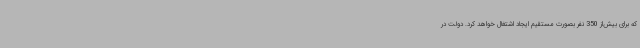
که برای بیش‌از 350 نفر بصورت مستقیم ایجاد اشتغال خواهد کرد. دولت در